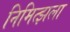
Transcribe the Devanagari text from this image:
निमित्झला